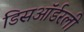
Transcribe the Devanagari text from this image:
डिसऑर्डरली